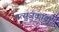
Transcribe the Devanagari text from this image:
मत्सुजकाया